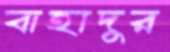
বাহাদুর